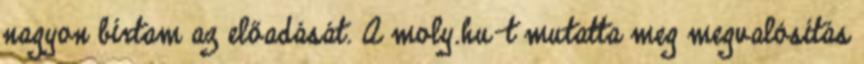
nagyon bírtam az előadását. A moly.hu-t mutatta meg megvalósítás